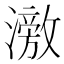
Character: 𬉘